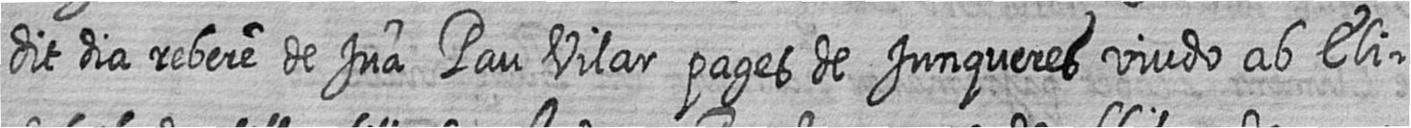
dit dia rebere de Jua Pau Vilar pages de Junqueres viudo ab Eli=